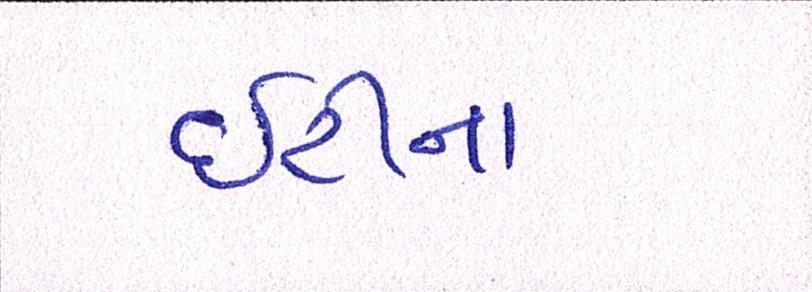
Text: ઇટીના